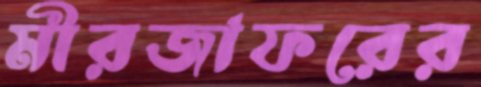
মীরজাফরের